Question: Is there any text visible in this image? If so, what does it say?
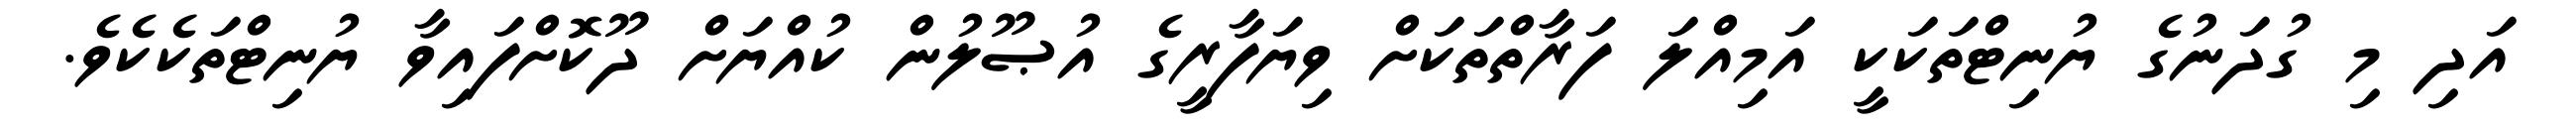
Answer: އަދި މި ގުދަނުގެ ޔުނިޓްތަކަކީ އަމިއްލަ ފަރާތްތަކަށް ވިޔަފާރީގެ އުޞޫލުން ކުއްޔަށް ދޫކޮށްފައިވާ ޔުނިޓްތަކެކެވެ.